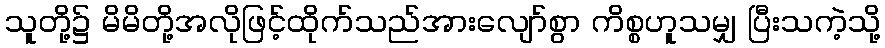
သူတို့၌ မိမိတို့အလိုဖြင့်ထိုက်သည်အားလျော်စွာ ကိစ္စဟူသမျှ ပြီးသကဲ့သို့